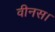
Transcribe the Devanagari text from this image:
वीनस।